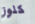
كلوز